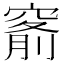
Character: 𥦹